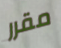
مقرر